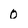
Character: 0